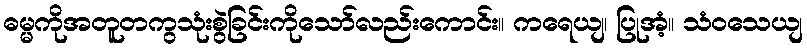
ဓမ္မကိုအတူတကွသုံးစွဲခြင်းကိုသော်လည်းကောင်း။ ကရေယျ၊ ပြုအံ့။ သံဝသေယျ